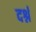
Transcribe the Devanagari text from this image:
दर्श्न